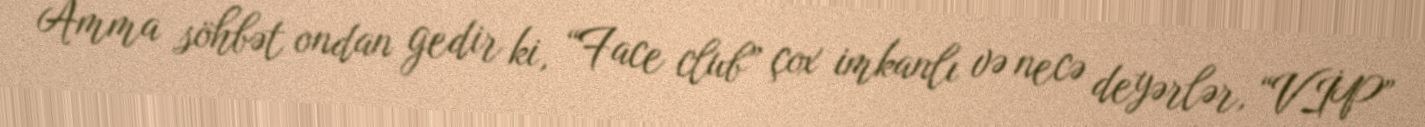
Amma söhbət ondan gedir ki, “Face club” çox imkanlı və necə deyərlər, “VİP”